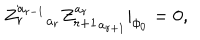
{ Z _ { r } ^ { a _ { r - 1 } } } _ { a _ { r } } { Z _ { r + 1 } ^ { a _ { r } } } _ { a _ { r + 1 } } | _ { \phi _ { 0 } } = 0 ,